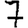
Digit: 7